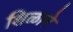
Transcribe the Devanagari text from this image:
शिळाने